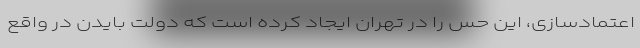
اعتمادسازی، این حس را در تهران ایجاد کرده است که دولت بایدن در واقع